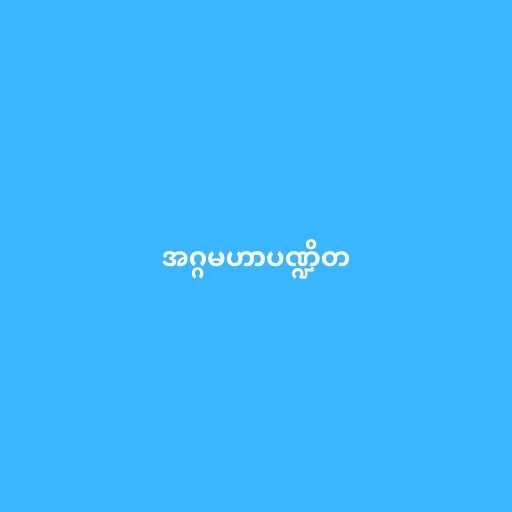
အဂ္ဂမဟာပဏ္ဍိတ